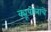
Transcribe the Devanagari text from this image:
क्यूपोलाचे